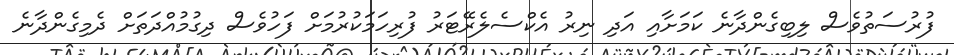
ފުރުސަތުވެސް ލިބިގެންދާނެ ކަމަށާއި އަދި ނިރު އެކްސެލެރޭޓަރު ފުރިހަމަކުރުމަށް ފަހުވެސް ދިގުމުއްދަތަށް ދެމިގެންދާނެ